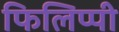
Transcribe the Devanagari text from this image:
फिलिप्पी